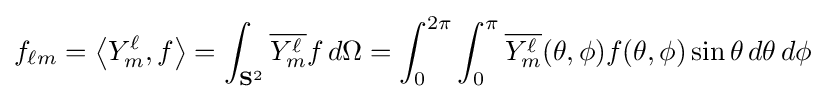
f_{\ell m}=\left\langle Y_{m}^{\ell },f\right\rangle =\int _{\mathbf {S} ^{2}}{\overline {Y_{m}^{\ell }}}f\,d\Omega =\int _{0}^{2\pi }\int _{0}^{\pi }{\overline {Y_{m}^{\ell }}}(\theta ,\phi )f(\theta ,\phi )\sin \theta \,d\theta \,d\phi